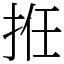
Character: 拰